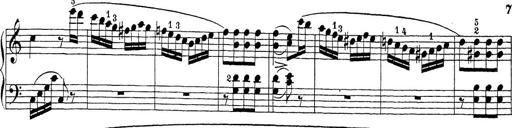
Title: Sonatina Album
Composer: Louis KÃ¶hler